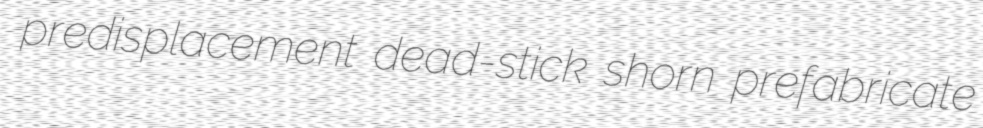
predisplacement dead-stick shorn prefabricate